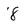
Character: 8